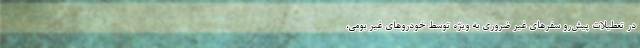
در تعطیلات پیش‌رو سفرهای غیر ضروری به ویژه توسط خودروهای غیر بومی،